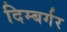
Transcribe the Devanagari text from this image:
दिम्बर्गर